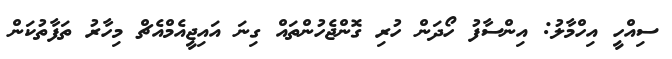
ސިއްހީ އިހްމާލު: އިންސާފު ހޯދަން ހުރި ގޮންޖެހުންތައް ގިނަ އައިޖީއެމްއެޗް މިހާރު ތަފާތުކަން